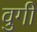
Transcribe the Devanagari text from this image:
वुगी